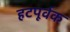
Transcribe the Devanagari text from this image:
हटपूर्वक